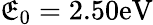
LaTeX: \mathfrak{E}_{0}=2.50\mathrm{{eV}}